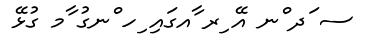
ސ ަދ ްނ އޭ ިރ ާއގައި ިހ ްނގު ާމ ގުޅޭ